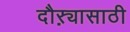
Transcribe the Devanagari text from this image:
दौऱ्यासाठी